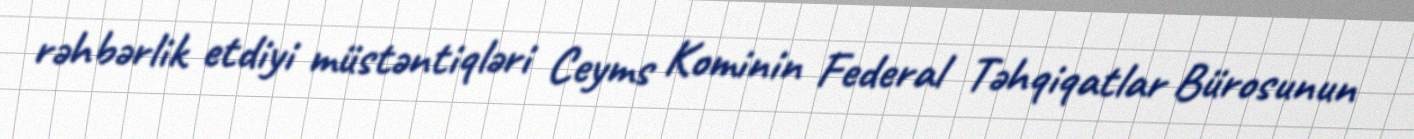
rəhbərlik etdiyi müstəntiqləri Ceyms Kominin Federal Təhqiqatlar Bürosunun